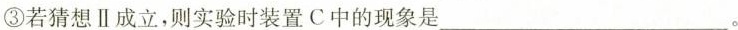
③若猜想Ⅱ成立，则实验时装置C中的现象是___。